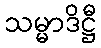
သမ္မာဒိဋ္ဌီ